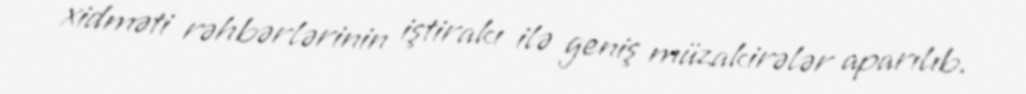
xidməti rəhbərlərinin iştirakı ilə geniş müzakirələr aparılıb.